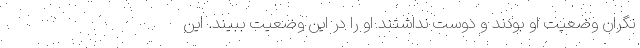
نگران وضعیت او بودند و دوست نداشتند او را در این وضعیت ببیند. این